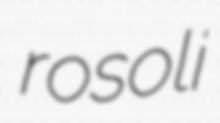
rosoli